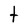
Character: t